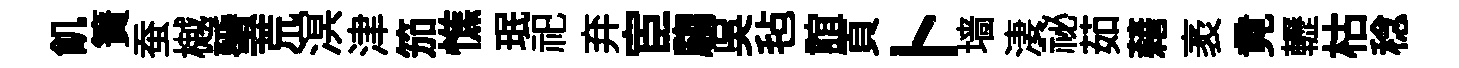
飢簀蚕樾蜑荒溟津笳憔珉祀弃宦騶吳毡誼頁卜墙淒祕茹藉袤竟轣枯稔